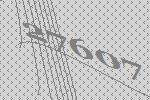
27607